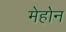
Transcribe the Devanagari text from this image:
मेहोन